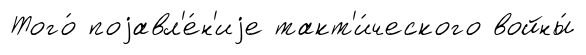
Того́ поjавл'е́н'иjе такт'и́ческого войны́